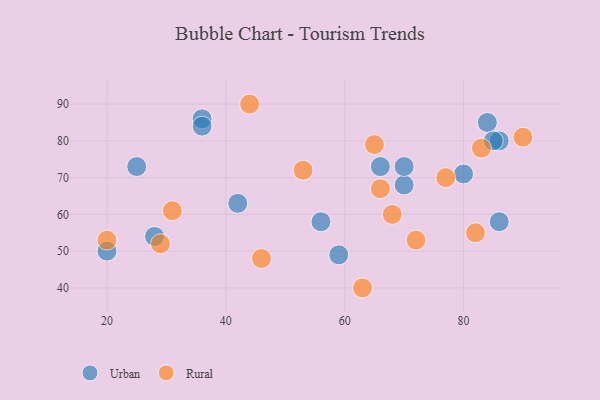
{"axis": {"x": "GDP", "y": "Life Expectancy"}, "legend": ["Rural", "Urban"], "data": [{"x": "36", "y": 86, "type": "Urban"}, {"x": "36", "y": 84, "type": "Urban"}, {"x": "70", "y": 68, "type": "Urban"}, {"x": "28", "y": 54, "type": "Urban"}, {"x": "59", "y": 49, "type": "Urban"}, {"x": "86", "y": 58, "type": "Urban"}, {"x": "56", "y": 58, "type": "Urban"}, {"x": "84", "y": 85, "type": "Urban"}, {"x": "86", "y": 80, "type": "Urban"}, {"x": "42", "y": 63, "type": "Urban"}, {"x": "20", "y": 50, "type": "Urban"}, {"x": "80", "y": 71, "type": "Urban"}, {"x": "66", "y": 73, "type": "Urban"}, {"x": "70", "y": 73, "type": "Urban"}, {"x": "25", "y": 73, "type": "Urban"}, {"x": "85", "y": 80, "type": "Urban"}, {"x": "83", "y": 78, "type": "Rural"}, {"x": "68", "y": 60, "type": "Rural"}, {"x": "77", "y": 70, "type": "Rural"}, {"x": "29", "y": 52, "type": "Rural"}, {"x": "63", "y": 40, "type": "Rural"}, {"x": "46", "y": 48, "type": "Rural"}, {"x": "65", "y": 79, "type": "Rural"}, {"x": "44", "y": 90, "type": "Rural"}, {"x": "53", "y": 72, "type": "Rural"}, {"x": "82", "y": 55, "type": "Rural"}, {"x": "66", "y": 67, "type": "Rural"}, {"x": "31", "y": 61, "type": "Rural"}, {"x": "72", "y": 53, "type": "Rural"}, {"x": "90", "y": 81, "type": "Rural"}, {"x": "20", "y": 53, "type": "Rural"}]}